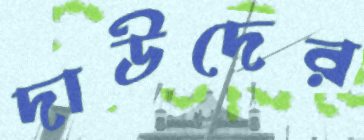
দাউদের